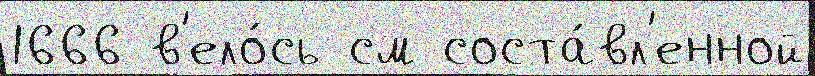
1666 в'ело́сь см соста́вл'енной